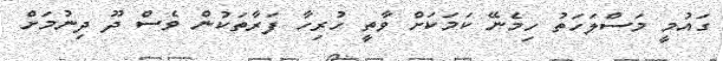
ގައުމީ މަސްލަހަތު ހިމެނޭ ކަމަކަށް ވާތީ ހުރިހާ ފަރާތަކުން ވެސް ދޫ ދިނުމަށް